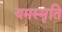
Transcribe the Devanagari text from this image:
यमस्मृति